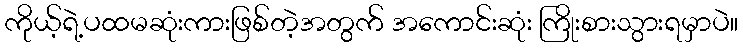
ကိုယ့်ရဲ့ပထမဆုံးကားဖြစ်တဲ့အတွက် အကောင်းဆုံး ကြိုးစားသွားရမှာပဲ။